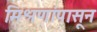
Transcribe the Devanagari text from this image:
मिश्रणांपासून